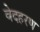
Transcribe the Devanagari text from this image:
वेदहरण